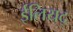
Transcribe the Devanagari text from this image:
ईलियद्